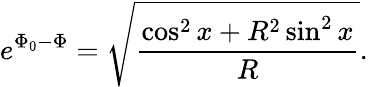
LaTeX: e^{\Phi_{0}-\Phi}=\sqrt{\frac{\cos^{2}x+R^{2}\sin^{2}x}{R}}.